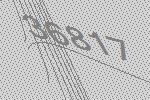
36817